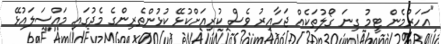
"އަހަރުމެން ޓީމު ގިނަ ގޯލުތަކެއް ޖަހާއިރު ވެސް ކުރިއަށްކުޅޭ ކުޅުންތެރިންގެ މެދުގައި މައްސަލައުޅޭ